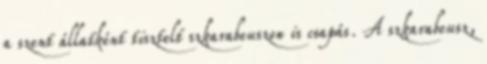
a szent állatként tisztelt szkarabeuszon is csapás. A szkarabeusz,